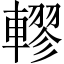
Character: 轇